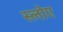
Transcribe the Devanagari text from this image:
स्लोए